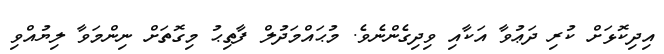
އިދިކޮޅަށް ކުރި ދަޢުވާ އަކާއި ވިދިގެންނެވެ. މުޙައްމަދުލް ފާތިޙު މިގޮތަށް ނިންމަވާ ލިޔުއްވި